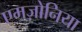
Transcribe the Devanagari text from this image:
एमज़ोनिया